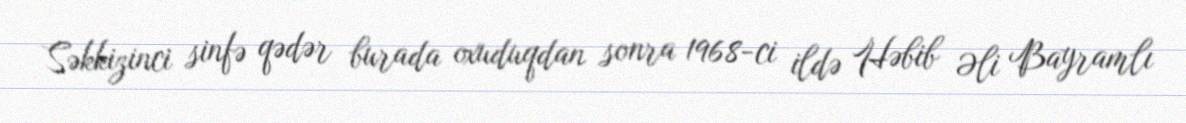
Səkkizinci sinfə qədər burada oxuduqdan sonra 1968-ci ildə Həbib Əli Bayramlı